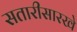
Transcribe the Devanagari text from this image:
सतारीसारखे